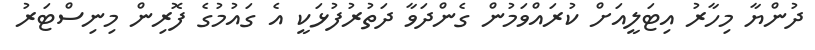
ދުންޔާ މިހާރު އިޓަލީއަށް ކުރައްވަމުން ގެންދަވާ ދަތުރުފުޅަކީ އެ ގައުމުގެ ފޮރިން މިނިސްޓަރު